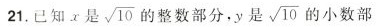
21.已知x是\sqrt{10}的整数部分，y是\sqrt{10}的小数部